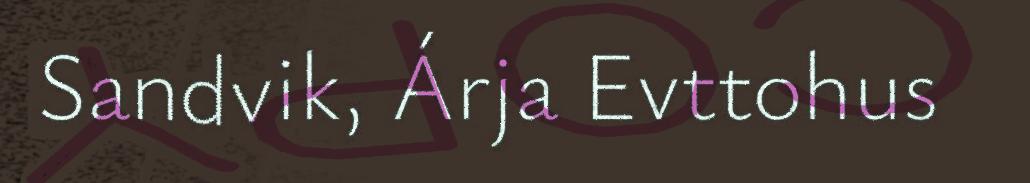
Sandvik, Árja Evttohus